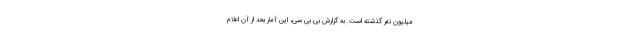
میلیون نفر گذشته است. به گزارش بی بی سی، این آمار بعد از آن اعلام